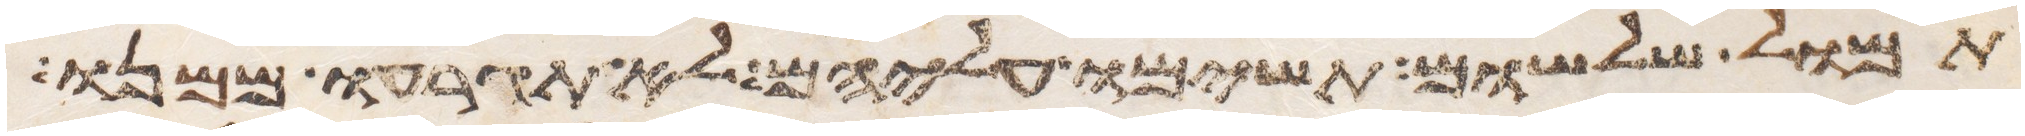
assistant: תמול שלשום תשימו עליהם לא תגרעו ממנו